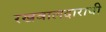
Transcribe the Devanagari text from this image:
रखवालदाराची